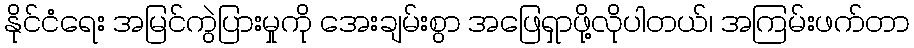
နိုင်ငံရေး အမြင်ကွဲပြားမှုကို အေးချမ်းစွာ အဖြေရှာဖို့လိုပါတယ်၊ အကြမ်းဖက်တာ